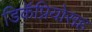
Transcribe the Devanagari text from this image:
डिकॅप्रियोसह